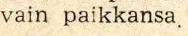
vain paikkansa.